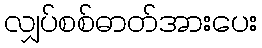
လျှပ်စစ်ဓာတ်အားပေး